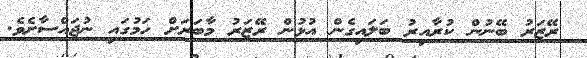
ރޭޒަރު ބޭނުން ކުރާއިރު ބަލައިގެން އުޅުން ރޭޒަރު މާބަރަށް ހަމުގައި ނުޖައްސާށެވެ.